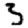
Digit: 3